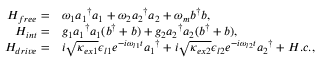
\begin{array} { r l } { H _ { f r e e } = } & { \omega _ { 1 } { a _ { 1 } } ^ { \dagger } a _ { 1 } + \omega _ { 2 } { a _ { 2 } } ^ { \dagger } a _ { 2 } + \omega _ { m } b ^ { \dagger } b , } \\ { H _ { i n t } = } & { g _ { 1 } { a _ { 1 } } ^ { \dagger } a _ { 1 } ( b ^ { \dagger } + b ) + g _ { 2 } { a _ { 2 } } ^ { \dagger } a _ { 2 } ( b ^ { \dagger } + b ) , } \\ { H _ { d r i v e } = } & { i \sqrt { \kappa _ { e x 1 } } \epsilon _ { l 1 } e ^ { - i \omega _ { l 1 } t } { a _ { 1 } } ^ { \dagger } + i \sqrt { \kappa _ { e x 2 } } \epsilon _ { l 2 } e ^ { - i \omega _ { l 2 } t } { a _ { 2 } } ^ { \dagger } + H . c . , } \end{array}